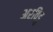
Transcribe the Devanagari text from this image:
अरविडु